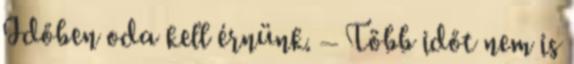
Időben oda kell érnünk. – Több időt nem is